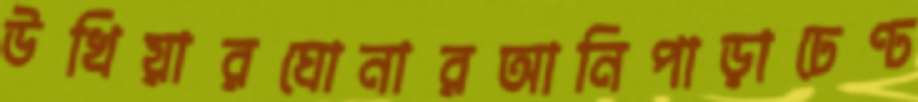
উখিয়ারঘোনারআনিপাড়াঢেণ্ঢ